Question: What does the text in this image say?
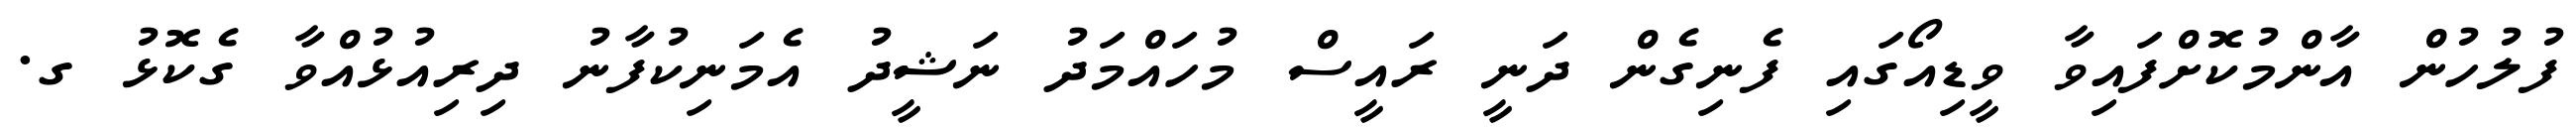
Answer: ފުލުހުން އާންމުކޮށްފައިވާ ވީޑިއޯގައި ފެނިގެން ދަނީ ރައީސް މުހައްމަދު ނަޝީދު އެމަނިކުފާނު ދިރިއުޅުއްވާ ގެކޮޅު ގ.